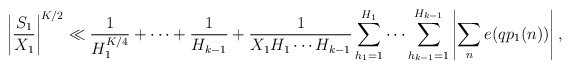
\begin{align*}\left| \frac{S_1}{ X_1} \right|^{K/2} \ll \frac{1}{H_1^{K/4}} + \cdots + \frac{1}{H_{k-1}} + \frac{1}{ X_1 H_1 \cdots H_{k-1}} \sum_{h_1 = 1}^{H_1} \cdots \sum_{h_{k-1} =1}^{H_{k-1}} \left| \sum_n e( q p_ 1 (n)) \right|,\end{align*}